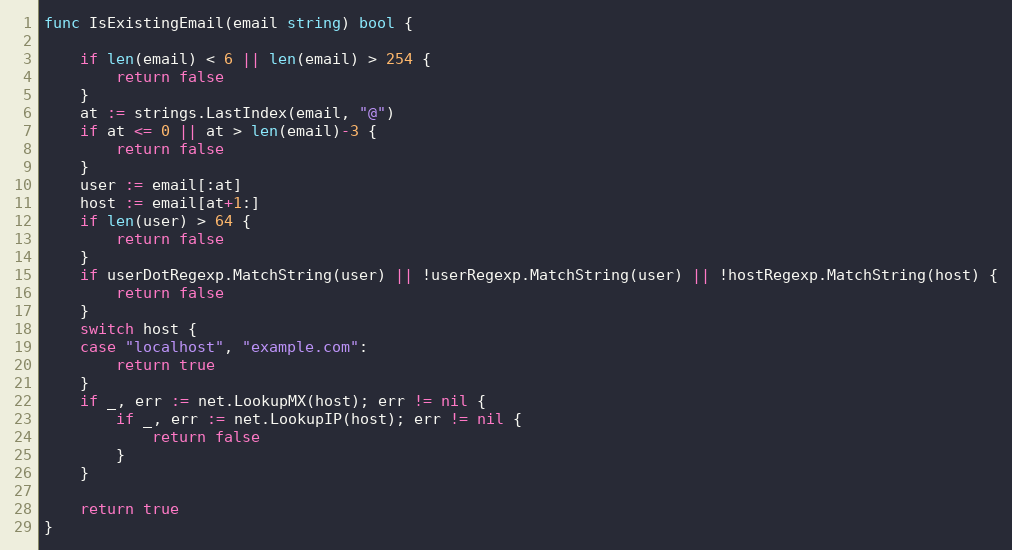
Language: Go
func IsExistingEmail(email string) bool {

	if len(email) < 6 || len(email) > 254 {
		return false
	}
	at := strings.LastIndex(email, "@")
	if at <= 0 || at > len(email)-3 {
		return false
	}
	user := email[:at]
	host := email[at+1:]
	if len(user) > 64 {
		return false
	}
	if userDotRegexp.MatchString(user) || !userRegexp.MatchString(user) || !hostRegexp.MatchString(host) {
		return false
	}
	switch host {
	case "localhost", "example.com":
		return true
	}
	if _, err := net.LookupMX(host); err != nil {
		if _, err := net.LookupIP(host); err != nil {
			return false
		}
	}

	return true
}